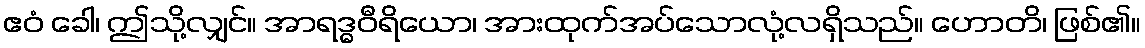
ဧဝံ ခေါ၊ ဤသို့လျှင်။ အာရဒ္ဓဝီရိယော၊ အားထုက်အပ်သောလုံ့လရှိသည်။ ဟောတိ၊ ဖြစ်၏။